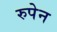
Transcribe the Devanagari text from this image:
रुपेन